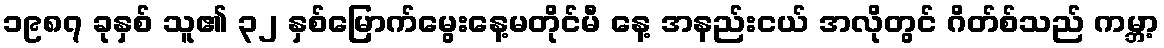
၁၉၈၇ ခုနှစ် သူ၏ ၃၂ နှစ်မြောက်မွေးနေ့မတိုင်မီ နေ့ အနည်းငယ် အလိုတွင် ဂိတ်စ်သည် ကမ္ဘာ့